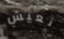
نعيش